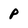
Character: p